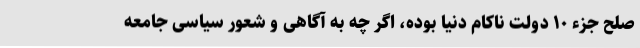
صلح جزء ۱۰ دولت ناکام دنیا بوده، اگر چه به آگاهی و شعور سیاسی جامعه